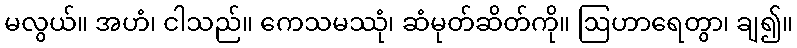
မလွယ်။ အဟံ၊ ငါသည်။ ကေသမဿုံ၊ ဆံမုတ်ဆိတ်ကို။ ဩဟာရေတွာ၊ ချ၍။